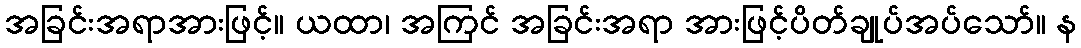
အခြင်းအရာအားဖြင့်။ ယထာ၊ အကြင် အခြင်းအရာ အားဖြင့်ပိတ်ချုပ်အပ်သော်။ န